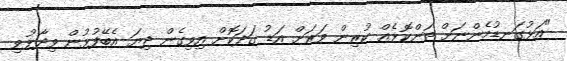
"އަޅުގަނޑުމެންނަށް ތަންކޮޅެއް ކުރިން ވަރަށް އަޑު ގަދަކޮށް އިވިގެން ދިޔަ އެބޭފުޅުން ވިދާޅުވި